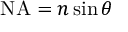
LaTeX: \mathrm { N A } = n \sin \theta